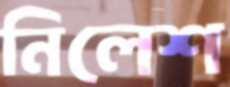
নিলেশ